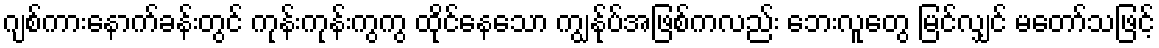
ဂျစ်ကားနောက်ခန်းတွင် ကုန်းကုန်းကွကွ ထိုင်နေသော ကျွန်ုပ်အဖြစ်ကလည်း ဘေးလူတွေ မြင်လျှင် မတော်သဖြင့်